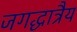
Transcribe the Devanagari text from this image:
जगद्धात्रैय